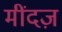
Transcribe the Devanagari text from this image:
मींदज़